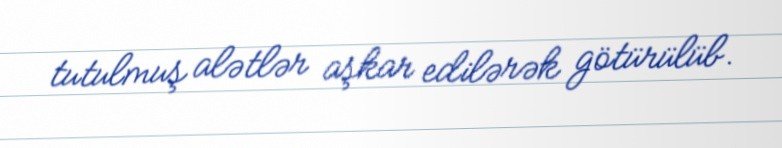
tutulmuş alətlər aşkar edilərək götürülüb.